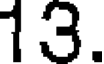
13.